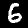
Label: 6